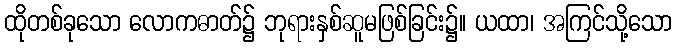
ထိုတစ်ခုသော လောကဓာတ်၌ ဘုရားနှစ်ဆူမဖြစ်ခြင်း၌။ ယထာ၊ အကြင်သို့သော